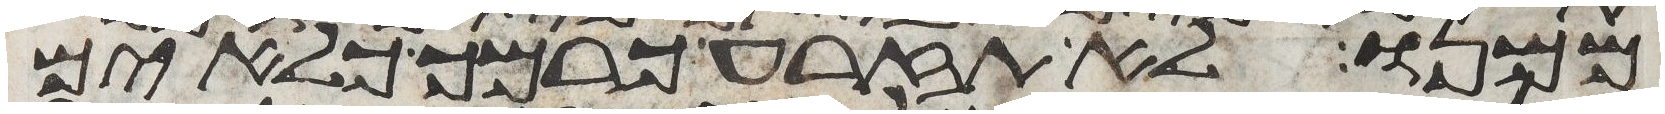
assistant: ממנו לא תזרע כרמך כלאים